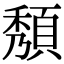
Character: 頺